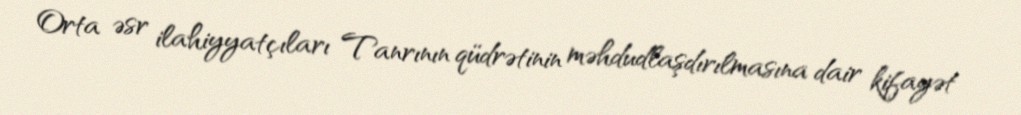
Orta əsr ilahiyyatçıları Tanrının qüdrətinin məhdudlaşdırılmasına dair kifayət